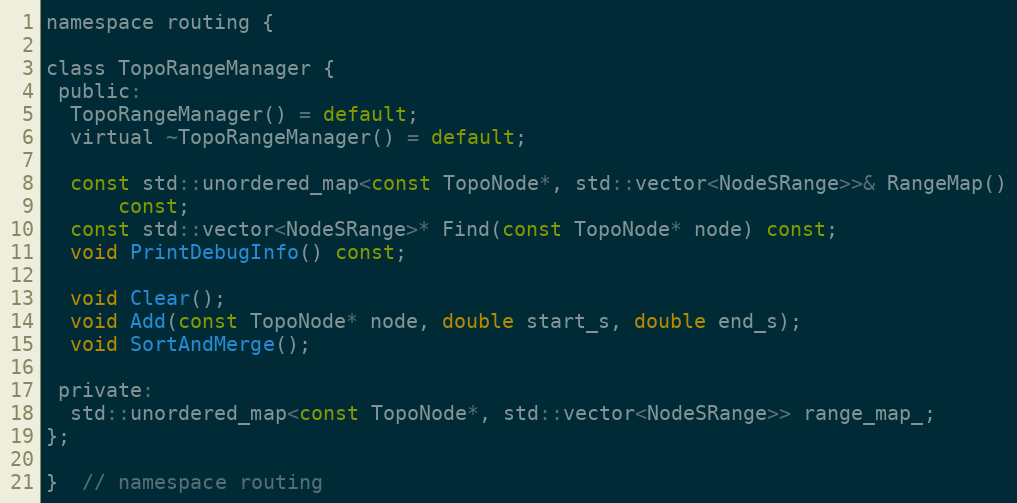
Language: C
namespace routing {

class TopoRangeManager {
 public:
  TopoRangeManager() = default;
  virtual ~TopoRangeManager() = default;

  const std::unordered_map<const TopoNode*, std::vector<NodeSRange>>& RangeMap()
      const;
  const std::vector<NodeSRange>* Find(const TopoNode* node) const;
  void PrintDebugInfo() const;

  void Clear();
  void Add(const TopoNode* node, double start_s, double end_s);
  void SortAndMerge();

 private:
  std::unordered_map<const TopoNode*, std::vector<NodeSRange>> range_map_;
};

}  // namespace routing